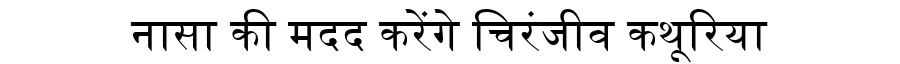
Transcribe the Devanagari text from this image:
नासा की मदद करेंगे चिरंजीव कथूरिया